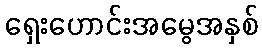
ရှေးဟောင်းအမွေအနှစ်